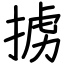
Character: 掳